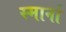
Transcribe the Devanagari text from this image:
स्मार्ना